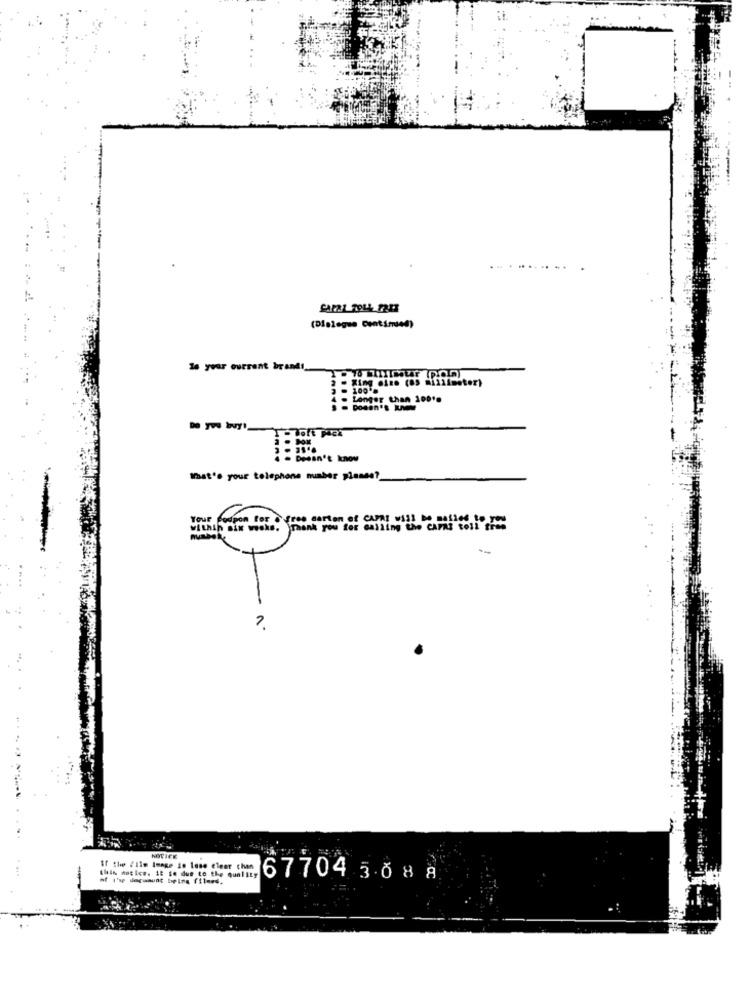
(Dialogue Centimed)
Is your current brandt
100.
Longer than 100's
Dedon't know
What's your telephone number planes?
your coupon for a free carton of CAPRI wish De molles 10
NOTICE
If the /Ilm Image in lese clear chen
mf I'se dleçaaunt beina filmes.
this notice. it to due to the quality
67704 308 8